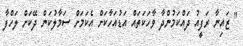
" ޒައިނާ ރަފީއު ދައްކަމުންދާ ވާހަކަތައް އަޑުއަހާކަށް އެކަމަށް ސަމާލުކަން ދޭކަށް ލަހްފާ